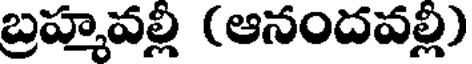
బ్రహ్మవల్లి (ఆనందవల్లి)